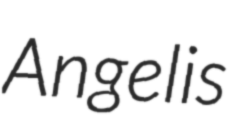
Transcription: Angelis